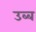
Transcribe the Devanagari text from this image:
उब्ब